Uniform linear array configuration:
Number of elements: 12
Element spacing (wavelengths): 0.25
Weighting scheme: blackman
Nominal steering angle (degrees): -15
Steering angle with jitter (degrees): -16.463
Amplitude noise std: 0.05
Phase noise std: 0.05

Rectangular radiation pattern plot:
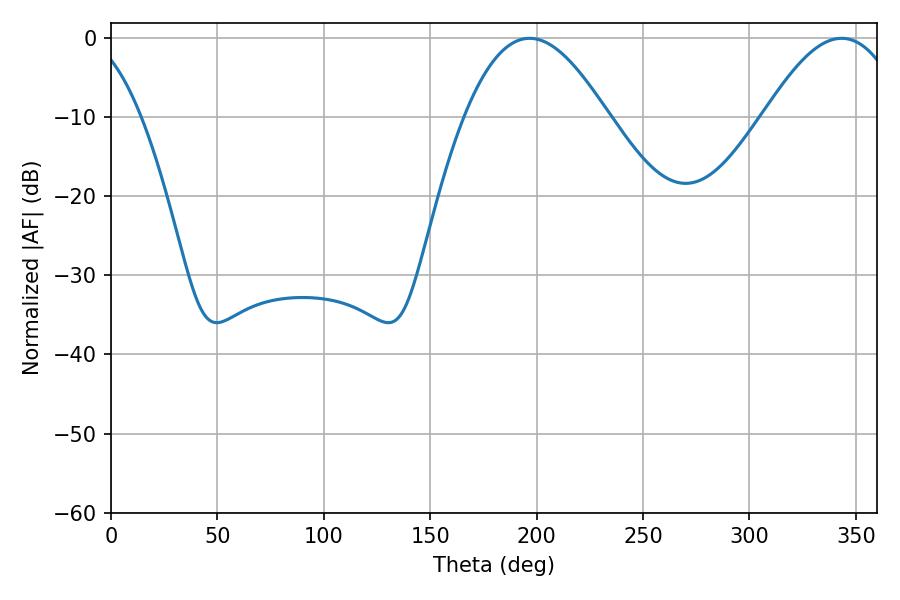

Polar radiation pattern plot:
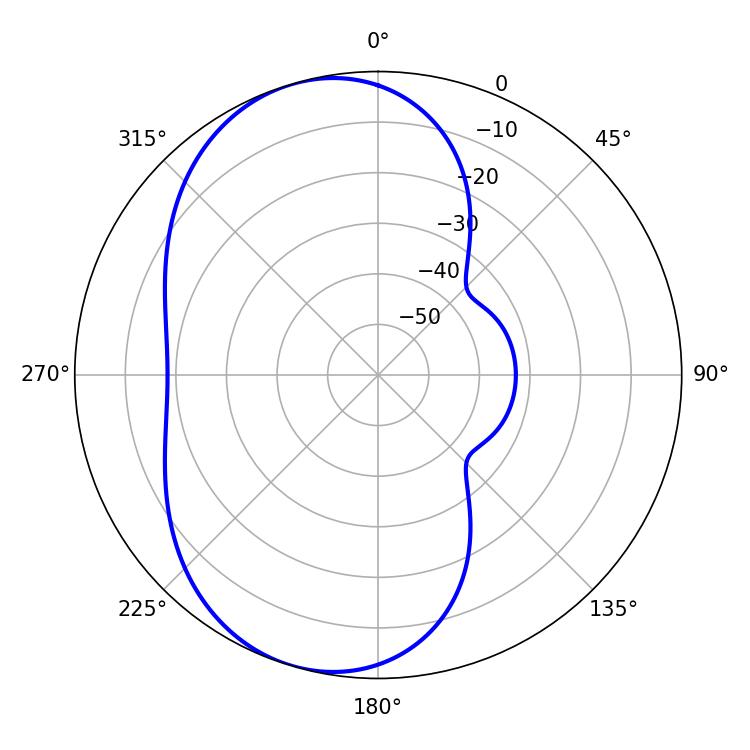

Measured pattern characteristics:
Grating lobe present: FALSE
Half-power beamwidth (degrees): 36.72
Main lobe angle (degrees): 196.74